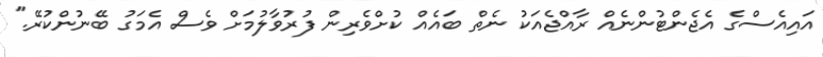
އައިއެސްގެ އެޖެންޓުންނެއް ރާއްޖެއަކު ނެތް ބައެއް ކުށްވެރިން ފުރުވާލުމަށް ވެސް އެމަގު ބޭނުންކުރޭ."